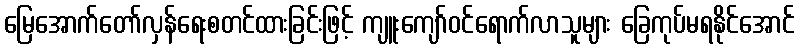
မြေအောက်တော်လှန်ရေးစတင်ထားခြင်းဖြင့် ကျူးကျော်ဝင်ရောက်လာသူများ ခြေကုပ်မရနိုင်အောင်